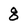
Character: 8